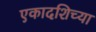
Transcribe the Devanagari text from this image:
एकादशिच्या